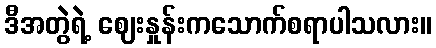
ဒီအတွဲရဲ့ ဈေးနှုန်းကသောက်စရာပါသလား။